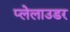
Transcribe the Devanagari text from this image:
प्लेलाउडर